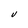
Character: V